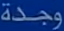
وجدة